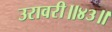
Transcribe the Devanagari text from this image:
उरावरी॥४३॥